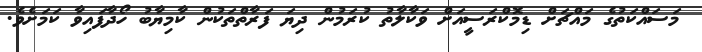
މަސައްކަތުގެ މައްޗަށް ޑިމޮކްރަސީއަށް ވަކާލާތު ކުރަމުން ދިޔަ ފަރާތްތަކުން ކާމިޔާބު ހޯދާފައިވާ ކަމަށެވެ.